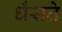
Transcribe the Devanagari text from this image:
धँसते